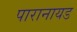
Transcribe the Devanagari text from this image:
पारानायड